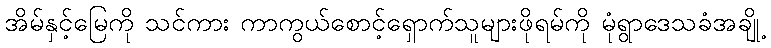
အိမ်နှင့်မြေကို သင်ကား ကာကွယ်စောင့်ရှောက်သူများဖိုရမ်ကို မုံရွာဒေသခံအချို့